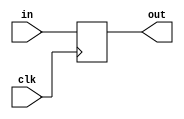
`timescale 1ns / 1ps
//////////////////////////////////////////////////////////////////////////////////
// Company: 
// Engineer: 
// 
// Design Name: 
// Module Name: rejestr
// Project Name: 
// Target Devices: 
// Tool Versions: 
// Description: 
// 
// Dependencies: 
// 
// Revision:
// Revision 0.01 - File Created
// Additional Comments:
// 
//////////////////////////////////////////////////////////////////////////////////


module delay#(
    parameter N=1
)
(
    input clk,
    input [N-1:0] in,
    output [N-1:0] out
    );
    reg[N-1:0] val=0;
    
     always @(posedge clk)
     begin
        val<=in;
     end
    assign out=val;
endmodule

module multi_delay #(
    parameter N=1,
    parameter DELAY=5)
    (
     input clk,
     input [N-1:0] in,
     output [N-1:0] out
     );
     wire[N-1:0]  chain[DELAY:0];
     genvar i;
     assign chain[0]= in;
     generate
        if(DELAY<1)
        begin
            assign out=-1;
        end
        if(DELAY==1)
        begin
            assign out=in;
        end
        else
        begin
            for(i=0;i<DELAY;i=i+1)
            begin
                delay#(
                    .N(N))
                del(
                    .clk(clk),
                    .in(chain[i]),
                    .out(chain[i+1])
                    );
            end
            assign out=chain[DELAY];
        end
     endgenerate
endmodule